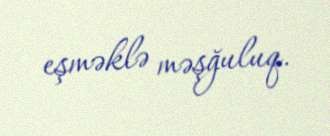
eşməklə məşğuluq.